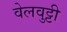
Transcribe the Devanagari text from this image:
वेलवुट्टी